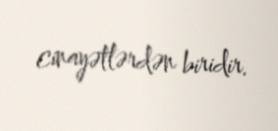
cinayətlərdən biridir.